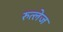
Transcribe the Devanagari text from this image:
रुत्लेज